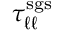
\tau _ { \ell \ell } ^ { \mathrm { s g s } }